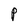
Character: P